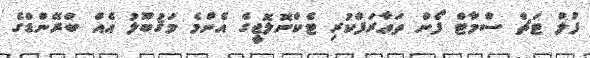
ފުލް ޓަޗް ސްމާޓް ފޯން ތަޢާރަފްކުރި ޓެކްނޮލޮޖީގެ އެންމެ މަޤުބޫލު އެއް ބްރޭންޑްގެ